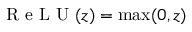
{ \textrm { R e L U } } ( z ) = \operatorname* { m a x } ( 0 , z )